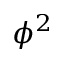
\phi ^ { 2 }